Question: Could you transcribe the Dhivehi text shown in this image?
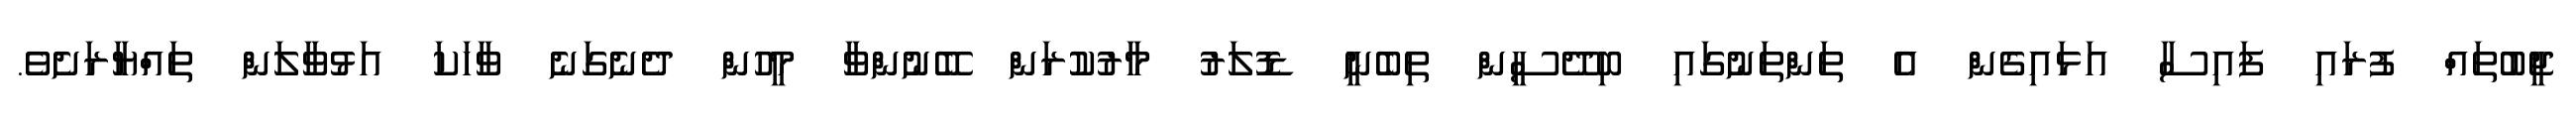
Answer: ޖީބުތައް ފުރައި ފައިސާ އަޅައިގެން އެ ތަންތަނުގައި ބިދޭސީން ތިބެނީ ޑޮލަރު މާރުކުރަން ބޭނުންވާ މީހުން ދެނެގަނެ ވާހަކަ އަޅުވާލަން ތައްޔާރަށެވެ.